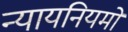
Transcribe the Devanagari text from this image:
न्यायनियमों